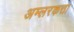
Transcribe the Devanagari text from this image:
अम्लरकत्ता